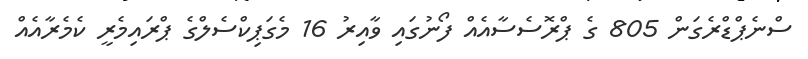
ސްނެޕްޑްރެގަން 805 ގެ ޕްރޮސެސާއެއް ފޯނުގައި ވާއިރު 16 މެގަޕިކްސެލްގެ ޕްރައިމެރީ ކެމެރާއެއް